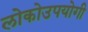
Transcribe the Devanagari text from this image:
लोकोउपयोगी